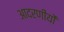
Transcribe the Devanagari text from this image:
आदरणीयों